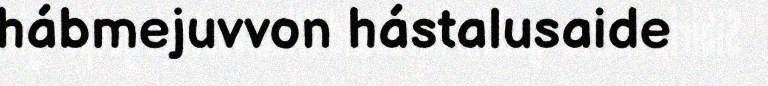
hábmejuvvon hástalusaide